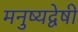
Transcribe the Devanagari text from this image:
मनुष्यद्वेषी